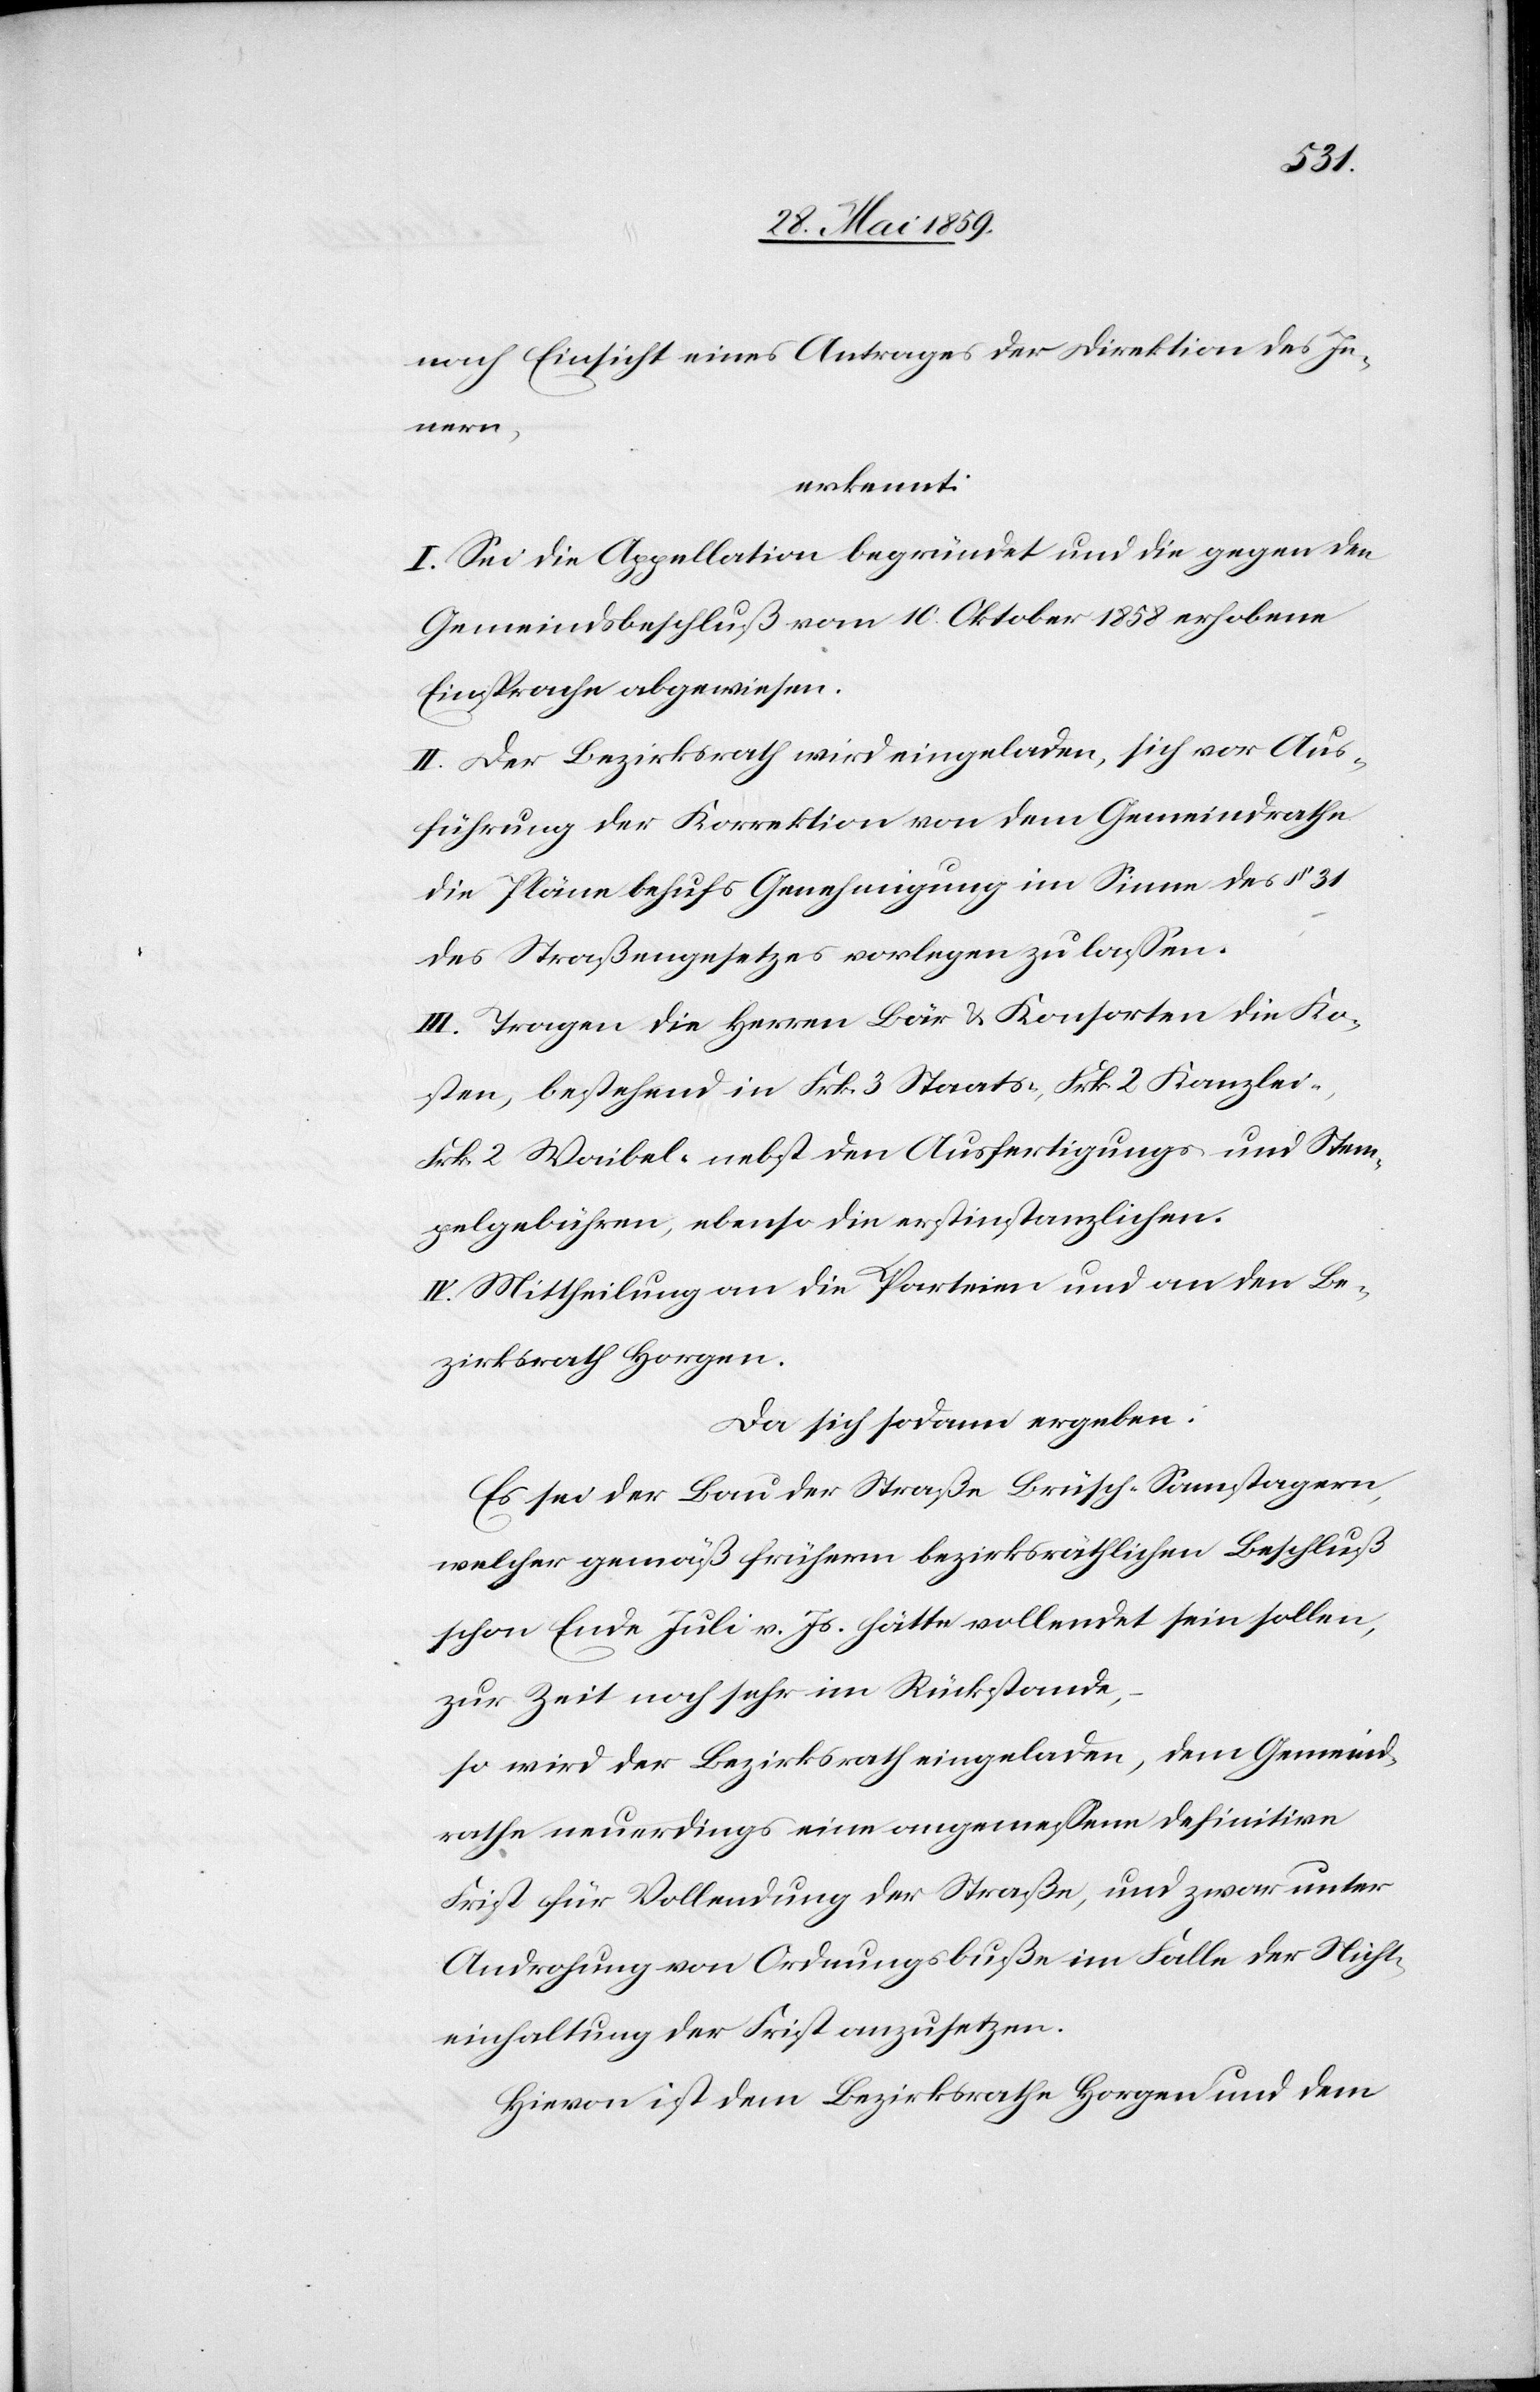
nach Einsicht eines Antrages der Direktion des In¬
nern,
erkannt:
I. Sei die Appellation begründet und die gegen den
Gemeindsbeschluß vom 10. Oktober 1858 erhobene
Einsprache abgewiesen.
II. Der Bezirksrath wird eingeladen, sich vor Aus¬
führung der Korrektion von dem Gemeindrathe
die Pläne behufs Genehmigung im Sinne des § 31
des Straßengesetzes vorlegen zu lassen.
III. Tragen die Herren Bär & Konsorten die Ko¬
sten, bestehend in Frk. 3 Staats-, Frk. 2 Kanzlei-,
Frk. 2 Waibel-[,] nebst den Ausfertigungs- und Stem¬
pelgebühren, ebenso die erstinstanzlichen.
IV. Mittheilung an die Parteien und an den Be¬
zirksrath Horgen.
Da sich sodann ergeben:
Es sei der Bau der Straße Brüsch–Samstagern,
welcher gemäß früherm bezirksräthlichen Beschluß
schon Ende Juli v. Js. hätte vollendet sein sollen,
zur Zeit noch sehr im Rückstande,
so wird der Bezirksrath eingeladen, dem Gemeind¬
rathe neuerdings eine angemessene definitive
Frist für Vollendung der Straße, und zwar unter
Androhung von Ordnungsbuße im Falle der Nicht¬
einhaltung der Frist anzusetzen.
Hievon ist dem Bezirksrath Horgen und dem